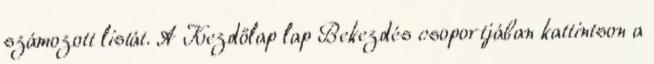
számozott listát. A Kezdőlap lap Bekezdés csoportjában kattintson a